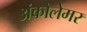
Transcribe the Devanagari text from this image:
अंकोलेमर